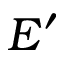
E ^ { \prime }